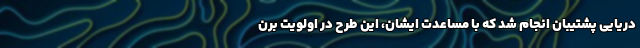
دریایی پشتیبان انجام شد که با مساعدت ایشان، این طرح در اولویت برن